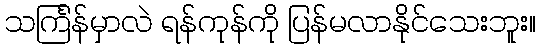
သင်္ကြန်မှာလဲ ရန်ကုန်ကို ပြန်မလာနိုင်သေးဘူး။